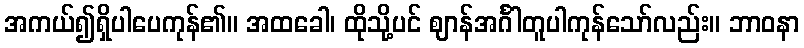
အကယ်၍ရှိပါပေကုန်၏။ အထခေါ၊ ထိုသို့ပင် ဈာန်အင်္ဂါတူပါကုန်သော်လည်း။ ဘာဝနာ